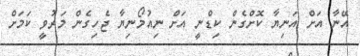
އޭނާ އަށް އަނިޔާ ކޮށްގެން ކިޑްނީ އަށް ނިއުމޯނިޔާ ޖެހިގެން މަރުވީ ކަމަށް